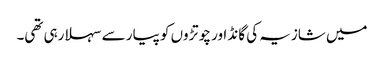
میں شازیہ کی گانڈ اور چوتڑوں کو پیار سے سہلا رہی تھی۔